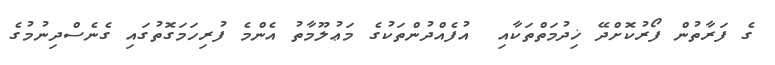
ގެ ފަރާތުން ފޯރުކޮށްދޭ ޚިދުމަތްތަކާއި  އުފެއްދުންތަކުގެ މަޢުލޫމާތު އެންމެ ފުރިހަމަގޮތުގައި ގެނެސްދިނުމުގެ